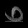
Digit: ၀